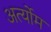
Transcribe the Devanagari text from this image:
अर्त्योम